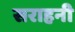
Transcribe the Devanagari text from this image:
सराहनी